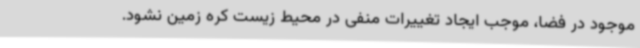
موجود در فضا، موجب ایجاد تغییرات منفی در محیط زیست کره زمین نشود.